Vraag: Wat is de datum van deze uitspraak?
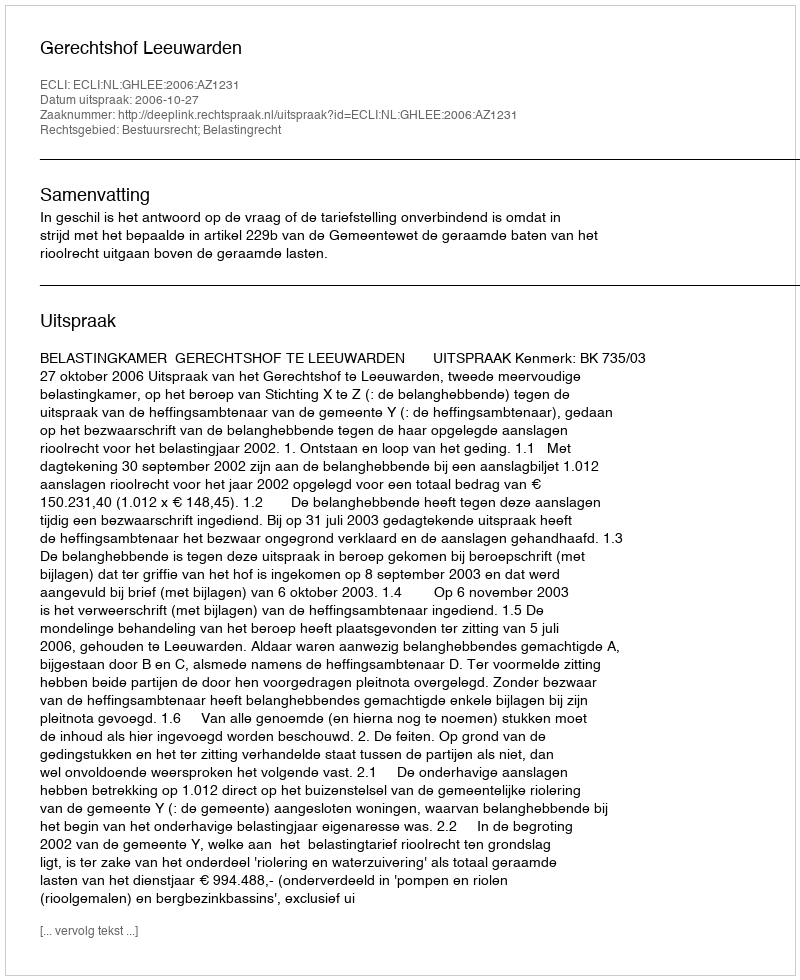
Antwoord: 2006-10-27